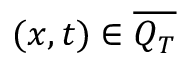
( x , t ) \in \overline { { Q _ { T } } }